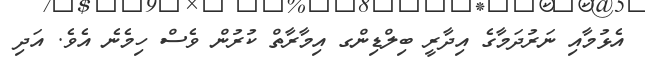
އެޅުމާއި ނަރުދަމާގެ އިދާރީ ބިލްޑިންގ އިމާރާތް ކުރުން ވެސް ހިމެނެ އެވެ. އަދި